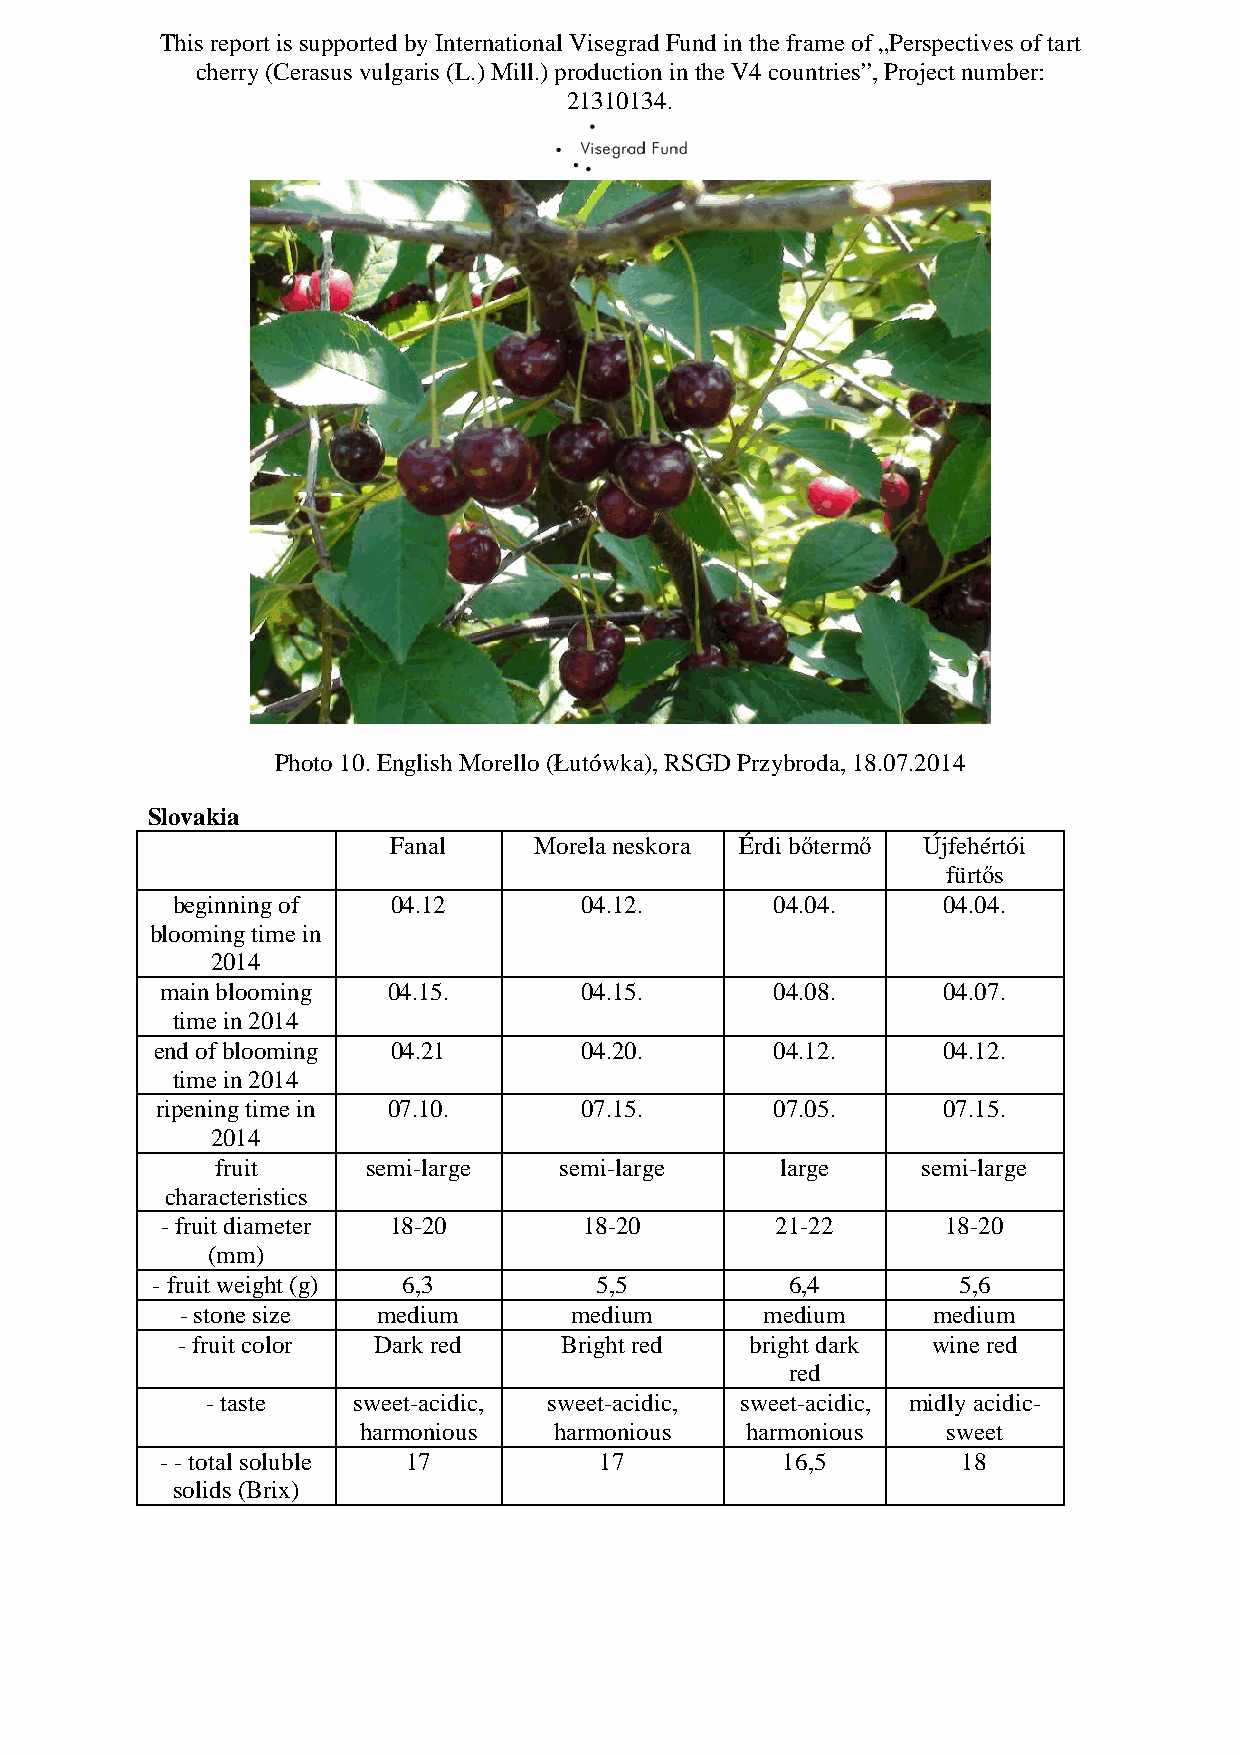
This report is supported by International Visegrad Fund in the frame of „Perspectives of tart
 cherry (Cerasus vulgaris (L.) Mill.) production in the V4 countries”, Project number:
 21310134.
 Photo 10. English Morello (Łutówka), RSGD Przybroda, 18.07.2014
 Slovakia
 Fanal    Morela neskora Érdi bőtermő Újfehértói
 fürtős
 beginning of   04.12       04.12.       04.04.     04.04.
 blooming time in
 2014
 main blooming  04.15.      04.15.       04.08.     04.07.
 time in 2014
 end of blooming 04.21       04.20.       04.12.     04.12.
 time in 2014
 ripening time in 07.10.     07.15.       07.05.     07.15.
 2014
 fruit     semi-large   semi-large     large    semi-large
 characteristics
 - fruit diameter 18-20      18-20       21-22       18-20
 (mm)
 - fruit weight (g) 6,3        5,5         6,4        5,6
 - stone size medium       medium       medium     medium
 - fruit color Dark red   Bright red   bright dark wine red
 red
 - taste  sweet-acidic, sweet-acidic, sweet-acidic, midly acidic-
 harmonious   harmonious  harmonious    sweet
 - - total soluble 17         17          16,5        18
 solids (Brix)